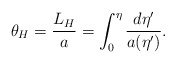
\begin{align*}\theta_H={L_H\over a}=\int^\eta_0{{d\eta^{\prime}}\over{a(\eta^{\prime})}}.\end{align*}